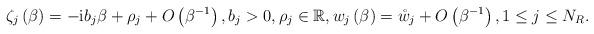
LaTeX: \begin{align*}\zeta_{j}\left( \beta\right) =-\mathrm{i}b_{j}\beta+\rho_{j}+O\left(\beta^{-1}\right) ,b_{j}>0,\rho_{j}\in\mathbb{R},w_{j}\left( \beta\right) =\mathring{w}_{j}+O\left( \beta^{-1}\right) ,1\leq j\leq N_{R}. \end{align*}